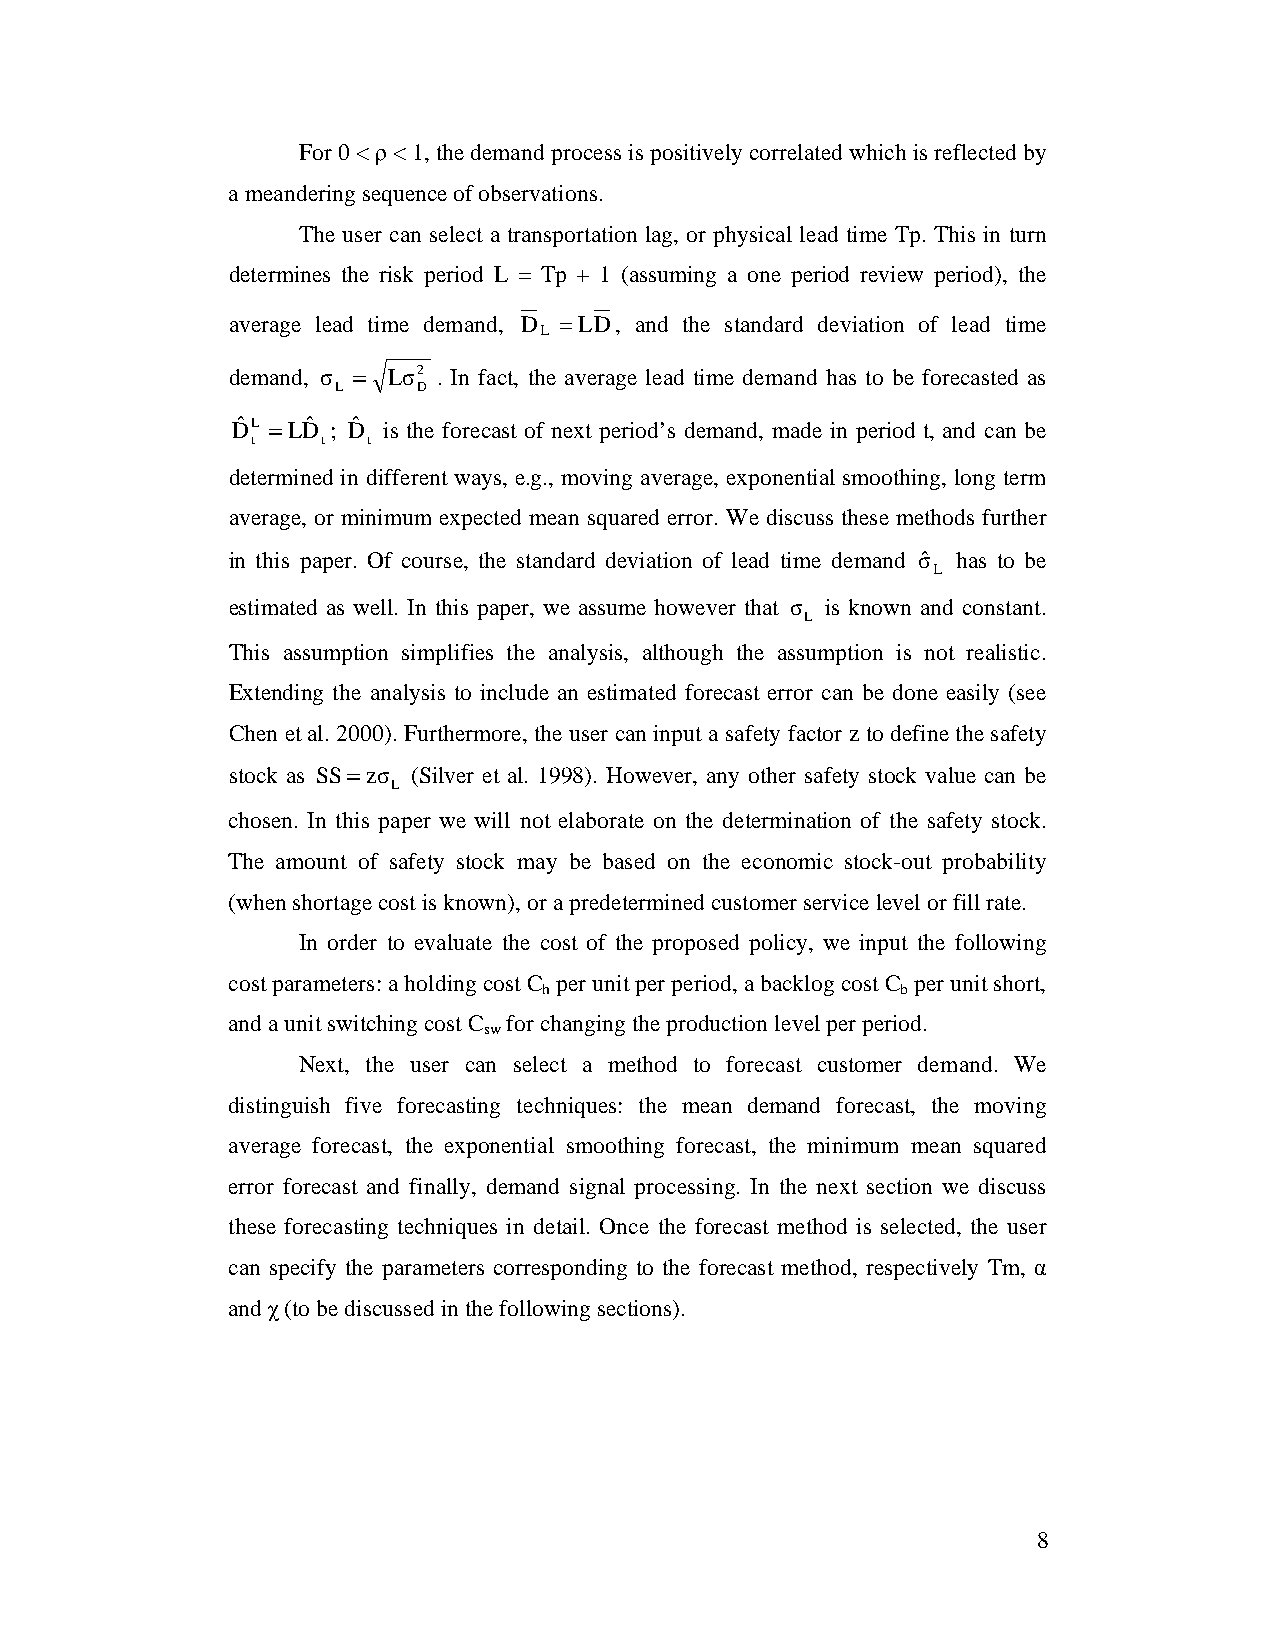
For 0 < ρ < 1, the demand process is positively correlated which is reflected by
 a meandering sequence of observations.
 The user can select a transportation lag, or physical lead time Tp. This in turn
 determines the risk period L = Tp + 1 (assuming a one period review period), the
 average lead time demand, D = LD, and the standard deviation of lead time
 L
 demand, σ = Lσ2 . In fact, the average lead time demand has to be forecasted as
 L     D
 Dˆ L = LDˆ ; Dˆ is the forecast of next period’s demand, made in period t, and can be
 t   t  t
 determined in different ways, e.g., moving average, exponential smoothing, long term
 average, or minimum expected mean squared error. We discuss these methods further
 in this paper. Of course, the standard deviation of lead time demand σˆ has to be
 L
 estimated as well. In this paper, we assume however that σ is known and constant.
 L
 This assumption simplifies the analysis, although the assumption is not realistic.
 Extending the analysis to include an estimated forecast error can be done easily (see
 Chen et al. 2000). Furthermore, the user can input a safety factor z to define the safety
 stock as SS= zσ (Silver et al. 1998). However, any other safety stock value can be
 L
 chosen. In this paper we will not elaborate on the determination of the safety stock.
 The amount of safety stock may be based on the economic stock-out probability
 (when shortage cost is known), or a predetermined customer service level or fill rate.
 In order to evaluate the cost of the proposed policy, we input the following
 cost parameters: a holding cost C per unit per period, a backlog cost C per unit short,
 h                       b
 and a unit switching cost C for changing the production level per period.
 sw
 Next, the user can select a method to forecast customer demand. We
 distinguish five forecasting techniques: the mean demand forecast, the moving
 average forecast, the exponential smoothing forecast, the minimum mean squared
 error forecast and finally, demand signal processing. In the next section we discuss
 these forecasting techniques in detail. Once the forecast method is selected, the user
 can specify the parameters corresponding to the forecast method, respectively Tm, α
 and χ (to be discussed in the following sections).
 8